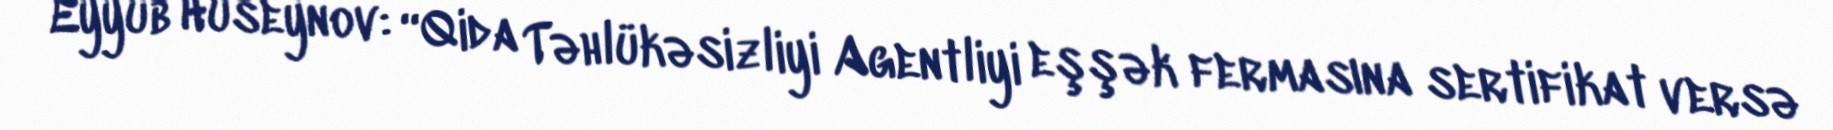
Eyyub Hüseynov: “Qida Təhlükəsizliyi Agentliyi eşşək fermasına sertifikat versə